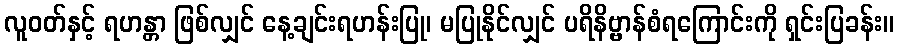
လူဝတ်နှင့် ရဟန္တာ ဖြစ်လျှင် နေ့ချင်းရဟန်းပြု၊ မပြုနိုင်လျှင် ပရိနိဗ္ဗာန်စံရကြောင်းကို ရှင်းပြခန်း။